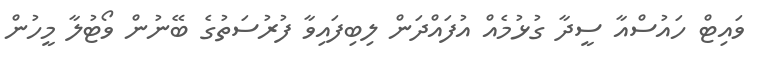
ވައިޓް ހައުސްއާ ސީދާ ގުޅުމެއް އުފައްދަން ލިބިފައިވާ ފުރުސަތުގެ ބޭނުން ވޯޓުލާ މީހުން